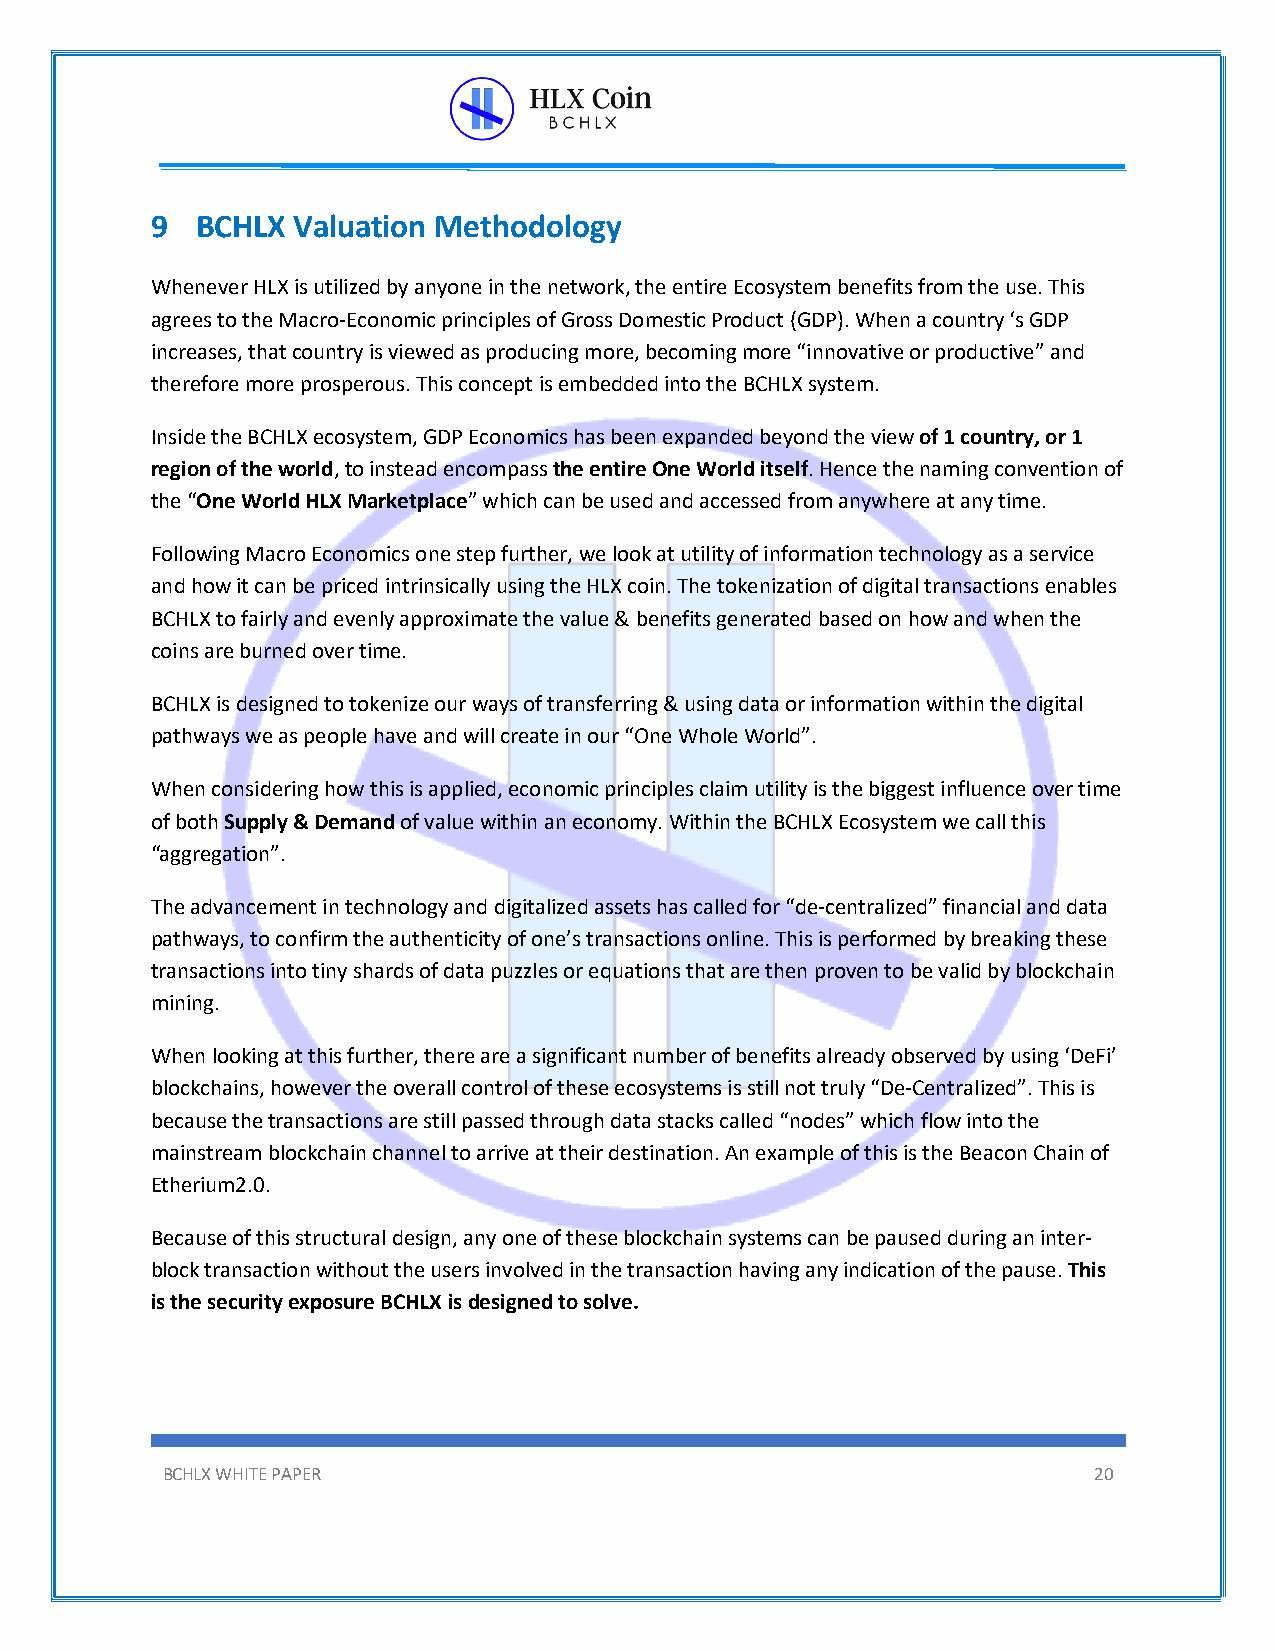
9  BCHLX Valuation Methodology
 Whenever HLX is utilized by anyone in the network, the entire Ecosystem benefits from the use. This
 agrees to the Macro-Economic principles of Gross Domestic Product (GDP). When a country ‘s GDP
 increases, that country is viewed as producing more, becoming more “innovative or productive” and
 therefore more prosperous. This concept is embedded into the BCHLX system.
 Inside the BCHLX ecosystem, GDP Economics has been expanded beyond the view of 1 country, or 1
 region of the world, to instead encompass the entire One World itself. Hence the naming convention of
 the “One World HLX Marketplace” which can be used and accessed from anywhere at any time.
 Following Macro Economics one step further, we look at utility of information technology as a service
 and how it can be priced intrinsically using the HLX coin. The tokenization of digital transactions enables
 BCHLX to fairly and evenly approximate the value & benefits generated based on how and when the
 coins are burned over time.
 BCHLX is designed to tokenize our ways of transferring & using data or information within the digital
 pathways we as people have and will create in our “One Whole World”.
 When considering how this is applied, economic principles claim utility is the biggest influence over time
 of both Supply & Demand of value within an economy. Within the BCHLX Ecosystem we call this
 “aggregation”.
 The advancement in technology and digitalized assets has called for “de-centralized” financial and data
 pathways, to confirm the authenticity of one’s transactions online. This is performed by breaking these
 transactions into tiny shards of data puzzles or equations that are then proven to be valid by blockchain
 mining.
 When looking at this further, there are a significant number of benefits already observed by using ‘DeFi’
 blockchains, however the overall control of these ecosystems is still not truly “De-Centralized”. This is
 because the transactions are still passed through data stacks called “nodes” which flow into the
 mainstream blockchain channel to arrive at their destination. An example of this is the Beacon Chain of
 Etherium2.0.
 Because of this structural design, any one of these blockchain systems can be paused during an inter-
 block transaction without the users involved in the transaction having any indication of the pause. This
 is the security exposure BCHLX is designed to solve.
 BCHLX WHITE PAPER                                            20